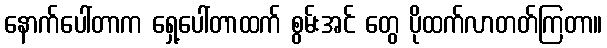
နောက်ပေါ်တာက ရှေ့ပေါ်တာထက် စွမ်းအင် တွေ ပိုထက်လာတတ်ကြတာ။